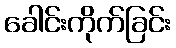
ခေါင်းကိုက်ခြင်း